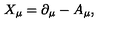
X _ { \mu } = \partial _ { \mu } - A _ { \mu } ,